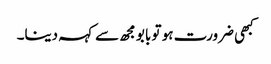
کبھی ضرورت ہو تو بابو مجھ سے کہہ دینا۔